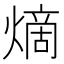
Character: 𪹧